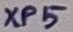
Text: XP5